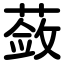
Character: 蔹